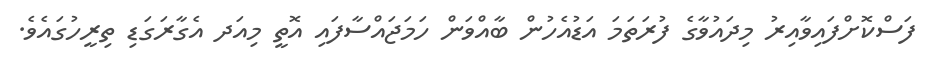
ފަސްކޮށްފައިވާއިރު މިދައުވާގެ ފުރަތަމަ އަޑުއެހުން ބާއްވަން ހަމަޖައްސާފައި އޮތީ މިއަދ އެގާރަގަޑި ތިރީހުގައެވެ.